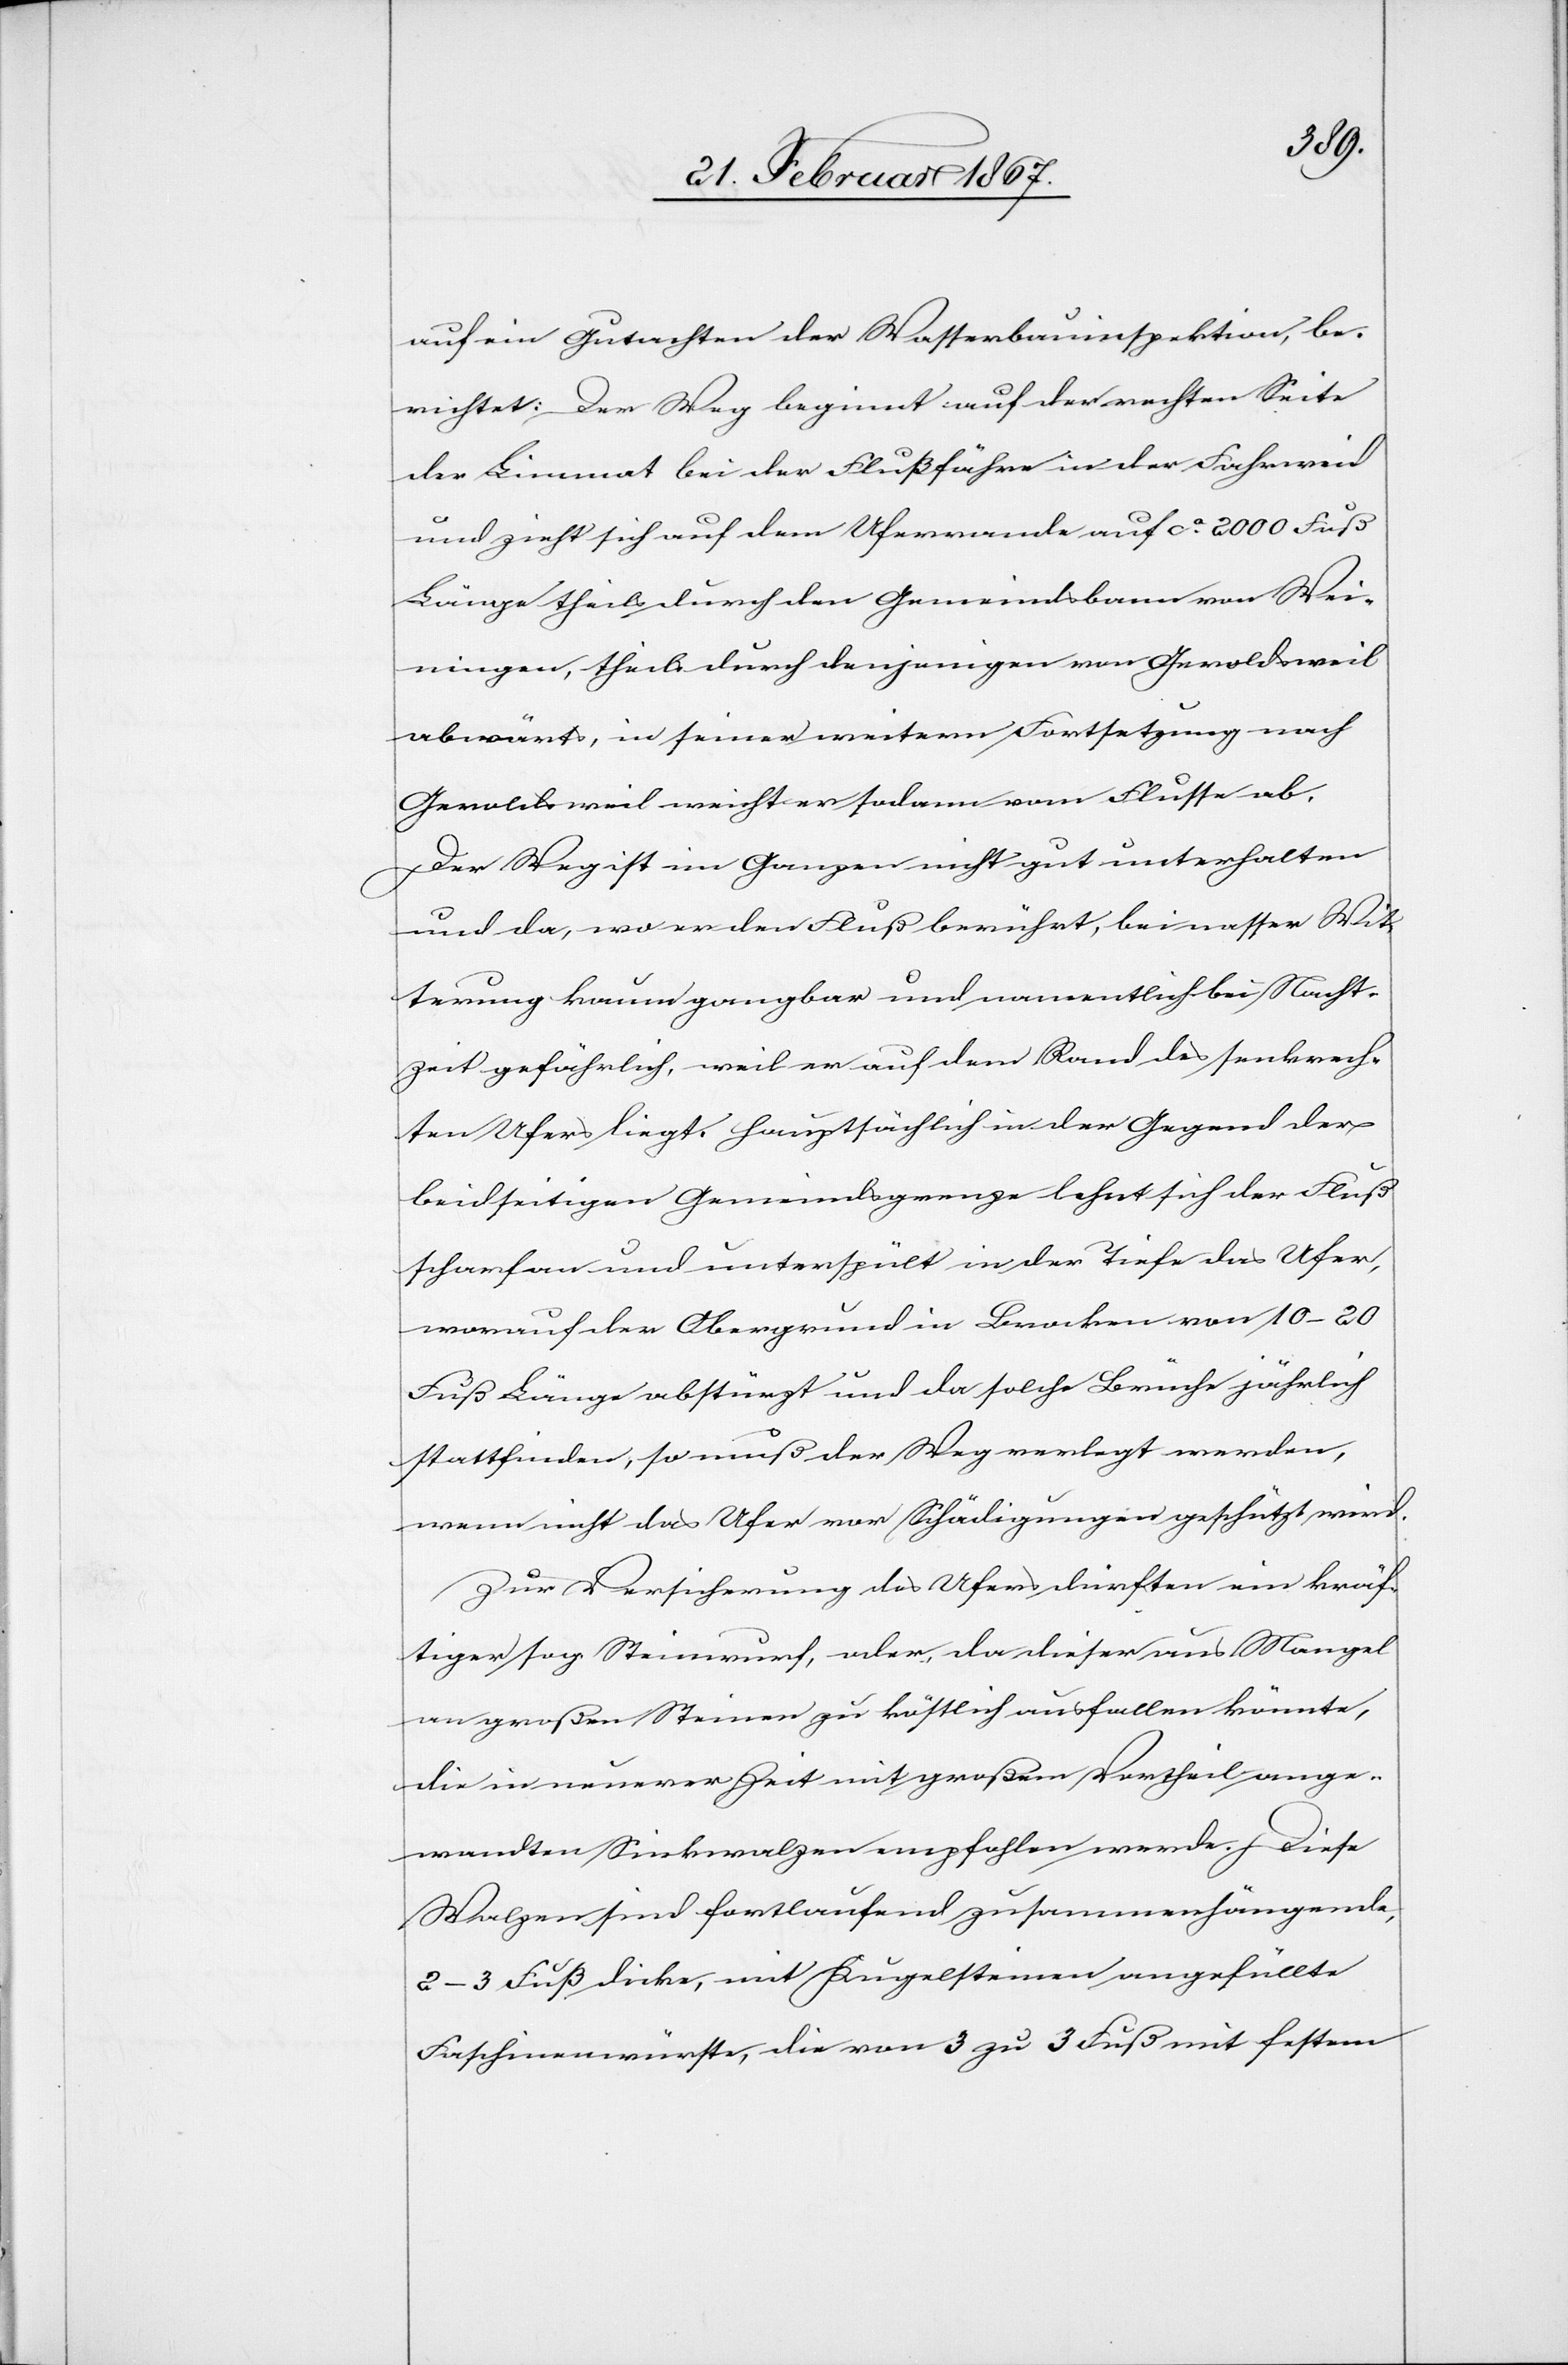
auf ein Gutachten der Wasserbauinspektion, be¬
richtet: Der Weg beginnt auf der rechten Seite
der Limmat bei der Flußfähre in der Fahrweid
und zieht sich auf dem Uferrande auf ca. 2000 Fuß
Länge theils durch den Gemeindsbann von Wei¬
ningen, theils durch denjenigen von Geroldsweil
abwärts, in seiner weitern Fortsetzung nach
Geroldsweil weicht er sodann vom Flusse ab.
Der Weg ist im Ganzen nicht gut unterhalten
und da, wo er den Fluß berührt, bei nasser Wit¬
terung kaum gangbar und namentlich bei Nacht¬
zeit gefährlich, weil er auf dem Rand des senkrech¬
ten Ufers liegt. Hauptsächlich in der Gegend der
beidseitigen Gemeindsgrenze lehnt sich der Fluß
scharf an und unterspült in der Tiefe das Ufer,
worauf der Obergrund in Brocken von 10–20
Fuß Länge abstürzt und da solche Brüche jährlich
stattfinden, so muß der Weg verlegt werden,
wenn nicht das Ufer vor Schädigungen geschützt wird.
Zur Versicherung des Ufers dürften ein kräf¬
tiger sog. Steinwurf, oder da dieser aus Mangel
an großen Steinen zu köstlich ausfallen könnte,
die in neuerer Zeit mit großem Vortheil ange¬
wandten Sinkwalzen empfohlen werde. Diese
Walzen sind fortlaufend zusammenhängende,
2–3 Fuß dicke, mit Kugelsteinen angefüllte
Faschinenwürste, die von 3 zu 3 Fuß mit festem